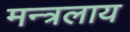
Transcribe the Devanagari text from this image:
मन्त्रलाय